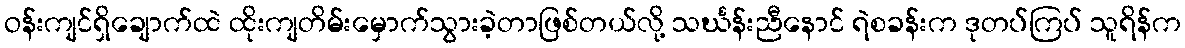
ဝန်းကျင်ရှိချောက်ထဲ ထိုးကျတိမ်းမှောက်သွားခဲ့တာဖြစ်တယ်လို့ သင်္ဃန်းညီနောင် ရဲစခန်းက ဒုတပ်ကြပ် သူရိန်က